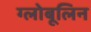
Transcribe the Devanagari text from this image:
ग्लोबूलिन